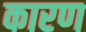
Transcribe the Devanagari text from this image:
कारण्‍ा